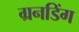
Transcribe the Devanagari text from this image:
ग्रनडिंग